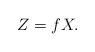
LaTeX: \begin{align*}Z=fX.\end{align*}